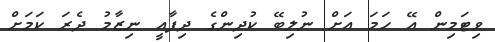
ވިޓަމިން އޭ ހަމަ އަށް ނުލިބޭ ކުދިންގެ ދިފާއީ ނިޒާމު ދެރަ ކަމަށް